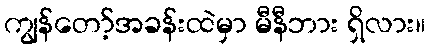
ကျွန်တော့်အခန်းထဲမှာ မီနီဘား ရှိလား။